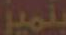
بتميز